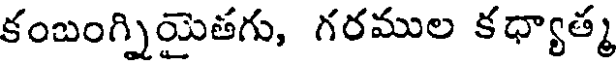
కంబంగ్నియైతగు, గరముల కధ్యాత్మ